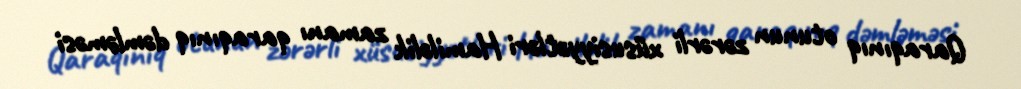
Qaraqınıq otunun zərərli xüsusiyyətləri Hamiləlik zamanı qaraqınıq dəmləməsi